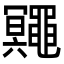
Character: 鼆